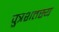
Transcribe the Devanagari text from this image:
पुत्रशतस्य